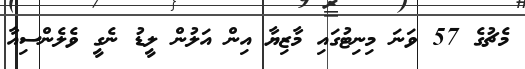
މެޗުގެ 57 ވަނަ މިނިޓުގައި މާޒިޔާ އިން އަލުން ލީޑު ނެގީ ވެލެންސިއާ